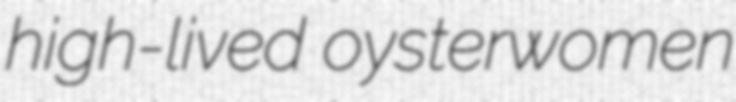
high-lived oysterwomen